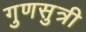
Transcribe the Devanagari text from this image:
गुणसुत्री